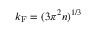
k _ { \mathrm { F } } = ( 3 \pi ^ { 2 } n ) ^ { 1 / 3 }